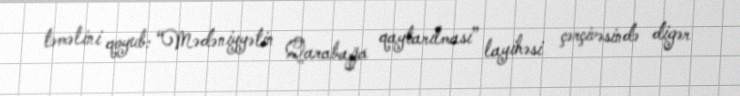
təməlini qoyub: “Mədəniyyətin Qarabağa qaytarılması” layihəsi çərçivəsində digər